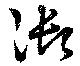
御